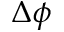
\Delta \phi